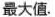
最大值